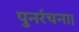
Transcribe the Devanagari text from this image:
पुनर्रचना।